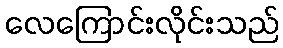
လေကြောင်းလိုင်းသည်